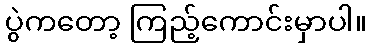
ပွဲကတော့ ကြည့်ကောင်းမှာပါ။